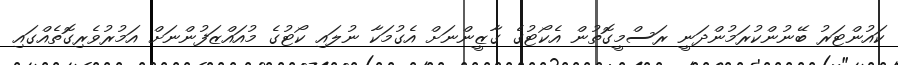
ކައުންޓަރު ބޭނުންކުރަމުންދަނީ ރަސްމީގޮތުން އެކޯޓުގެ ގާޒީންނަށް އެގުމަކާ ނުލައި ކޯޓުގެ މުއައްޒަފުންނަށް އަމުރުވެރިގޮތެއްގައި